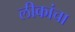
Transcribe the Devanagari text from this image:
लीकांचा